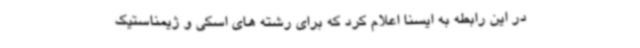
در این رابطه به ایسنا اعلام کرد که برای رشته های اسکی و ژیمناستیک